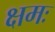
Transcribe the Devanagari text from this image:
क्षमः